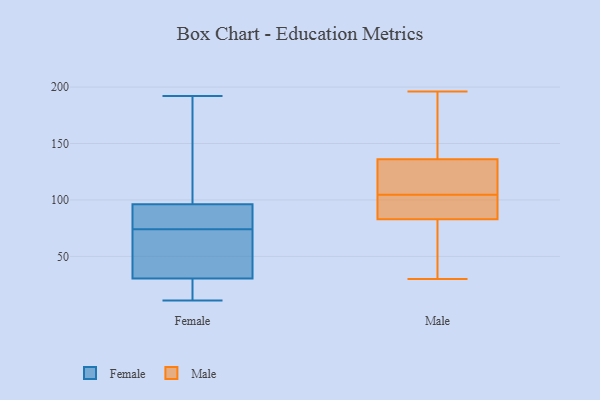
{"axis": {"x": "Satisfaction Score", "y": "Value"}, "legend": ["Female", "Male"], "data": [{"x": "", "y": 94, "type": "Female"}, {"x": "", "y": 140, "type": "Female"}, {"x": "", "y": 50, "type": "Female"}, {"x": "", "y": 16, "type": "Female"}, {"x": "", "y": 11, "type": "Female"}, {"x": "", "y": 67, "type": "Female"}, {"x": "", "y": 72, "type": "Female"}, {"x": "", "y": 24, "type": "Female"}, {"x": "", "y": 165, "type": "Female"}, {"x": "", "y": 81, "type": "Female"}, {"x": "", "y": 12, "type": "Female"}, {"x": "", "y": 74, "type": "Female"}, {"x": "", "y": 192, "type": "Female"}, {"x": "", "y": 88, "type": "Female"}, {"x": "", "y": 97, "type": "Female"}, {"x": "", "y": 123, "type": "Male"}, {"x": "", "y": 127, "type": "Male"}, {"x": "", "y": 30, "type": "Male"}, {"x": "", "y": 83, "type": "Male"}, {"x": "", "y": 102, "type": "Male"}, {"x": "", "y": 75, "type": "Male"}, {"x": "", "y": 105, "type": "Male"}, {"x": "", "y": 136, "type": "Male"}, {"x": "", "y": 89, "type": "Male"}, {"x": "", "y": 104, "type": "Male"}, {"x": "", "y": 40, "type": "Male"}, {"x": "", "y": 168, "type": "Male"}, {"x": "", "y": 154, "type": "Male"}, {"x": "", "y": 196, "type": "Male"}]}